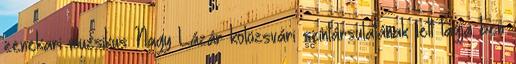
zenekari muzsikus Nagy Lázár kolozsvári színtársulatának lett tagja ben